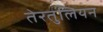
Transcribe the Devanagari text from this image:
तेरतुलियन